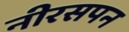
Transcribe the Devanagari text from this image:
नीरसपन